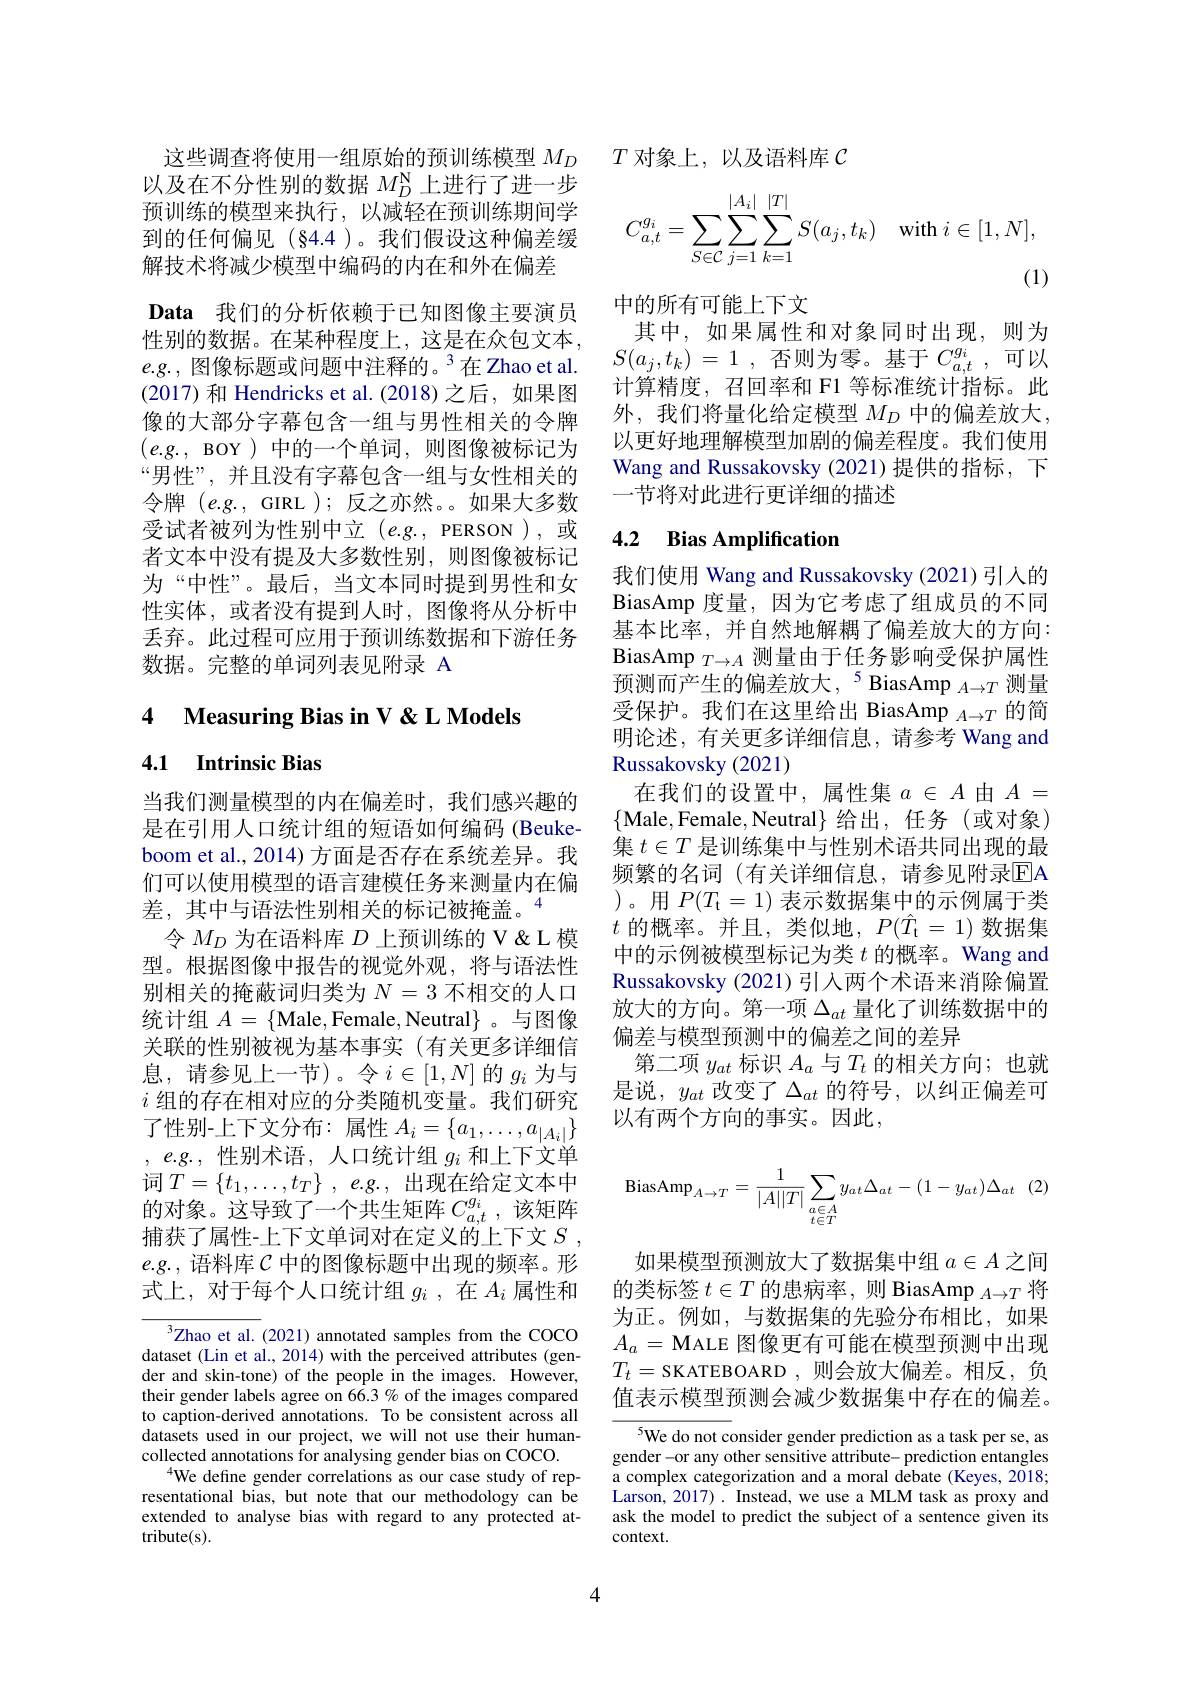
这些调查将使用一组原始的预训练模型$M_D$ 以及在不分性别的数据$M_D^\mathrm{N}$上进行了进一步预训练的模型来执行，以减轻在预训练期间学到的任何偏见(§4.4 )。我们假设这种偏差缓解技术将减少模型中编码的内在和外在偏差
Data 我们的分析依赖于已知图像主要演员性别的数据。在某种程度上，这是在众包文本， $e.g.$, 图像标题或问题中注释的。$^3$在 Zhao et al. (2017) 和 Hendricks et al. (2018) 之后，如果图像的大部分字幕包含一组与男性相关的令牌$(e.g.$, BOY )中的一个单词，则图像被标记为“男性”, 并且没有字幕包含一组与女性相关的令牌$(e.g.$, GIRL );反之亦然。。如果大多数受试者被列为性别中立(e.g.,PERSON),或者文本中没有提及大多数性别，则图像被标记为“中性”。最后，当文本同时提到男性和女性实体，或者没有提到人时，图像将从分析中丢弃。此过程可应用于预训练数据和下游任务数据。完整的单词列表见附录 A

# 4 Measuring Bias in V &L Models

4.1 Intrinsic Bias

当我们测量模型的内在偏差时，我们感兴趣的是在引用人口统计组的短语如何编码 (Beuke-) boom et al., 2014) 方面是否存在系统差异。我们可以使用模型的语言建模任务来测量内在偏差，其中与语法性别相关的标记被掩盖。4
令$M_D$为在语料库$D$上预训练的 V&模型。根据图像中报告的视觉外观，将与语法性别相关的掩蔽词归类为$N=3$ 不相交的人口统计组$A=\{$Male,Female,Neutral$\}$ 。与图像关联的性别被视为基本事实(有关更多详细信息，请参见上一节)。令$i\in[1,N]$的$g_i$为与$i$组的存在相对应的分类随机变量。我们研究了性别-上下文分布：属性$A_i=\{a_1,\ldots,a_{|A_i|}\}$ , $e. g.$ , $性 别 术 语 $, 人口统计组 $g_{i}$ 和上下文单词$T= \{ t_1, \ldots , t_T\}$ , $e. g.$ , 出现在给定文本中的对象。这导致了一个共生矩阵$C_{a,t}^{g_i}$ ,该矩阵捕获了属性-上下文单词对在定义的上下文$S$ , $e.g.$,语料库$\mathcal{C}$中的图像标题中出现的频率。形式上，对于每个人口统计组$g_i$ , 在$A_i$属性和

${^{3}\text{Zhao et al. }}(2021)$ annotated samples from the COCO dataset (Lin et al., 2014) with the perceived attributes (gender and skin-tone) of the people in the images. However, their gender labels agree on 66.3 % of the images compared to caption-derived annotations. To be consistent across all datasets used in our project, we will not use their humancollected annotations for analysing gender bias on COCO.
$^{4}$We define gender correlations as our case study of representational bias, but note that our methodology can be extended to analyse bias with regard to any protected attribute(s).

$T$对象上，以及语料库$\mathcal{C}$
$$C_{a,t}^{g_{i}}=\sum_{S\in\mathcal{C}}\sum_{j=1}^{|A_{i}|}\sum_{k=1}^{|T|}S(a_{j},t_{k})\quad\text{with}\:i\in[1,N],$$
中的所有可能上下文
其中，如果属性和对象同时出现，则为$S( a_{j}, t_{k})$ = 1 , 否则为零。基于 $C_a, t^{g_{i}}$ , 可以计算精度，召回率和 F1 等标准统计指标。此外，我们将量化给定模型 $M_D$ 中的偏差放大， 以更好地理解模型加剧的偏差程度。我们使用Wang and Russakovsky (2021)提供的指标，下一节将对此进行更详细的描述

# 4.2 Bias Amplification

我们使用 Wang and Russakovsky (2021)引人的BiasAmp 度量，因为它考虑了组成员的不同基本比率，并自然地解耦了偏差放大的方向： BiasAmp $_{T\to A}$测量由于任务影响受保护属性预测而产生的偏差放大$,^5$ BiasAmp $_A\to T$ 测量受保护。我们在这里给出 BiasAmp $_{A\to T}$的简明论述，有关更多详细信息，请参考 Wang and Russakovsky (2021)
在我们的设置中，属性集$a\in A$由$A=$ $\{$Male,Female,Neutral$\}$给出，任务(或对象) 集$t\in T$是训练集中与性别术语共同出现的最频繁的名词(有关详细信息，请参见附录$\overline{\mathrm{E}}$A )。用$P(T_{\mathrm{t}}=1)$表示数据集中的示例属于类$t$ 的概率。并且，类似地$,P(\hat{T}_{\mathrm{t}}=1)$数据集中的示例被模型标记为类$t$的概率。Wang and Russakovsky (2021)引入两个术语来消除偏置放大的方向。第一项$\Delta_{at}$量化了训练数据中的偏差与模型预测中的偏差之间的差异
第二项$y_at$标识$A_a$与$T_t$的相关方向；也就是说，$y_at$ 改变了$\Delta_at$ 的符号，以纠正偏差可以有两个方向的事实。因此，
$$\text{BiasAmp}_{A\to T}=\frac{1}{|A||T|}\sum\limits_{\substack{a\in A\\t\in T}}y_{at}\Delta_{at}-(1-y_{at})\Delta_{at}\quad(2)$$
如果模型预测放大了数据集中组$a\in A$之间的类标签$t\in T\text{ 的患病率，则 BiasAmp }_{A\to T}$将为正。例如，与数据集的先验分布相比，如果$A_a=$MALE 图像更有可能在模型预测中出现$T_t=$SKATEBOARD ,则会放大偏差。相反，负值表示模型预测会减少数据集中存在的偏差。

$^{5}$We do not consider gender prediction as a task per se, as gender -or any other sensitive attribute- prediction entangles a complex categorization and a moral debate (Keyes, 2018; Larson, 2017). Instead, we use a MLM task as proxy and ask the model to predict the subject of a sentence given its context.

4